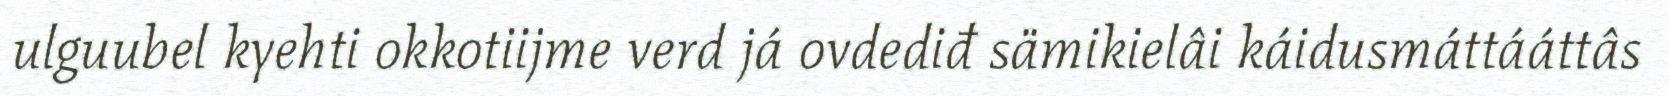
ulguubel kyehti okkotiijme verd já ovdediđ sämikielâi káidusmáttááttâs